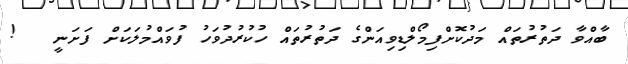
ބާއްވާ ދަތުރުތައް މަދުކޮށްފިމޯލްޑިވިއަންގެ ދަތުރުތައް ހުކުރުދުވަހު ފުވައްމުލަކަށް ފަށަނީ   !